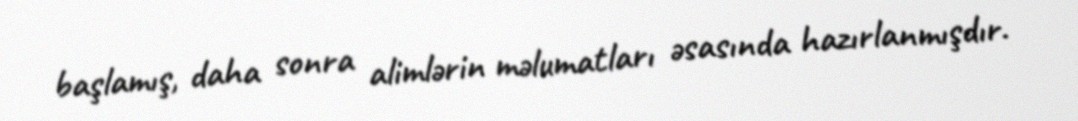
başlamış, daha sonra alimlərin məlumatları əsasında hazırlanmışdır.